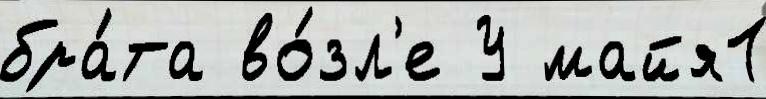
бра́та во́зл'е У майя1